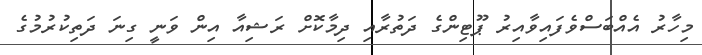
މިހާރު އެއްބަސްވެފައިވާއިރު ޕޫޓިންގެ ދަތުރާއި ދިމާކޮށް ރަޝިއާ އިން ވަނީ ގިނަ ދަތިކުރުމުގެ